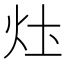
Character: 𤆧